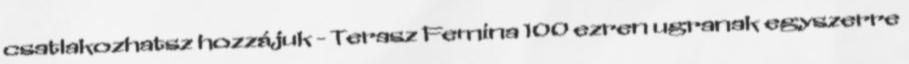
csatlakozhatsz hozzájuk - Terasz Femina 100 ezren ugranak egyszerre